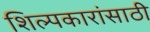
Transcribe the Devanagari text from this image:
शिल्पकारांसाठी